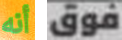
أنه فوق